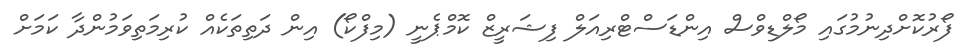
ފޯރުކޮށްދިނުމުގައި މޯލްޑިވްސް އިންޑަސްޓްރިއަލް ފިޝަރީޒް ކޮމްޕެނީ (މިފްކޯ) އިން ދަތިތަކެއް ކުރިމަތިވަމުންދާ ކަމަށް